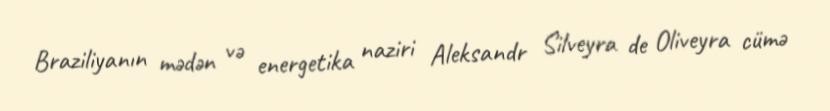
Braziliyanın mədən və energetika naziri Aleksandr Silveyra de Oliveyra cümə